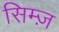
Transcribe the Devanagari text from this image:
सिम्ज़